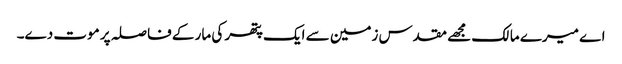
اے میرے مالک مجھے مقدس زمین سے ایک پتھر کی مار کے فاصلہ پر موت دے۔